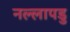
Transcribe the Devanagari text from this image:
नल्‍लापडु